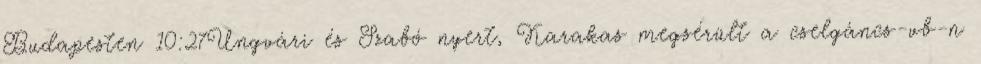
Budapesten 10:27Ungvári és Szabó nyert, Karakas megsérült a cselgáncs-vb-n